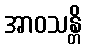
အာဝသန္တိ